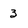
Character: 3